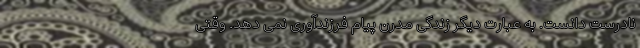
نادرست دانست. به عبارت دیگر زندگی مدرن پیام فرزند‌آوری نمی دهد. وقتی